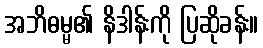
အဘိဓမ္မ၏ နိဒါန်းကို ပြဆိုခန်း။